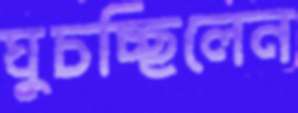
ঘুচচ্ছিলেন